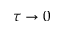
\tau \to 0